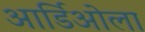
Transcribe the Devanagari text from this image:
आर्डिओला